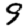
Digit: 9